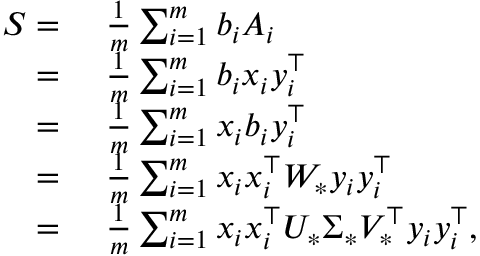
\begin{array} { r l } { S = } & { ~ \frac { 1 } { m } \sum _ { i = 1 } ^ { m } b _ { i } A _ { i } } \\ { = } & { ~ \frac { 1 } { m } \sum _ { i = 1 } ^ { m } b _ { i } x _ { i } y _ { i } ^ { \top } } \\ { = } & { ~ \frac { 1 } { m } \sum _ { i = 1 } ^ { m } x _ { i } b _ { i } y _ { i } ^ { \top } } \\ { = } & { ~ \frac { 1 } { m } \sum _ { i = 1 } ^ { m } x _ { i } x _ { i } ^ { \top } W _ { * } y _ { i } y _ { i } ^ { \top } } \\ { = } & { ~ \frac { 1 } { m } \sum _ { i = 1 } ^ { m } x _ { i } x _ { i } ^ { \top } U _ { * } \Sigma _ { * } V _ { * } ^ { \top } y _ { i } y _ { i } ^ { \top } , } \end{array}